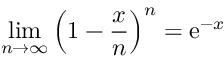
\operatorname* { l i m } _ { n \rightarrow \infty } \left( 1 - { \frac { x } { n } } \right) ^ { n } = \mathrm { e } ^ { - x }